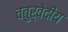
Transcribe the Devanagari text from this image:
चतुर्वेदीय